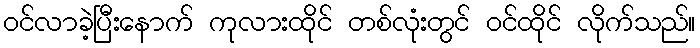
ဝင်လာခဲ့ပြီးနောက် ကုလားထိုင် တစ်လုံးတွင် ဝင်ထိုင် လိုက်သည်။